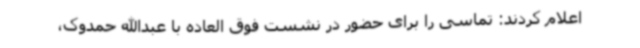
اعلام کردند: تماسی را برای حضور در نشست فوق العاده با عبدالله حمدوک،